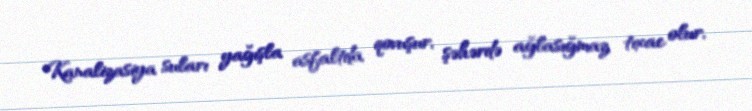
Kanalizasiya suları yağışla asfaltda qovuşur, şəhərdə ağlasığmaz tıxac olur,